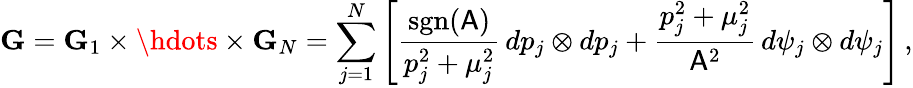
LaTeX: \mathbf{G}=\mathbf{G}_{1}\times\hdots\times\mathbf{G}_{N}=\sum_{j=1}^{N}\left[\frac{\mathrm{sgn}(\mathsf{A})}{p_{j}^{2}+\mu_{j}^{2}}\, dp_{j}\otimes dp_{j}+\frac{p_{j}^{2}+\mu_{j}^{2}}{\mathsf{A}^{2}}\, d\psi_{j}\otimes d\psi_{j}\right]\, ,